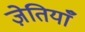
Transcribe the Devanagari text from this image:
ज़ेतियाँ